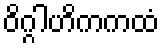
ဝိဂ္ဂါဟိကကထံ